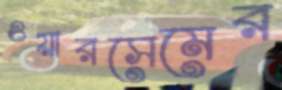
ওয়ারসেমের